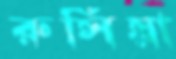
রুসিয়া